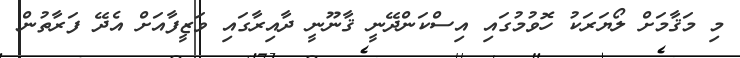
މި މަޤާމަށް ލޯޔަރަކު ހޮވުމުގައި އިސްކަންދޭނީ ޤާނޫނީ ދާއިރާގައި ވަޒީފާއަށް އެދޭ ފަރާތުން